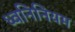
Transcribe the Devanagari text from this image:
ध्वनिनियम